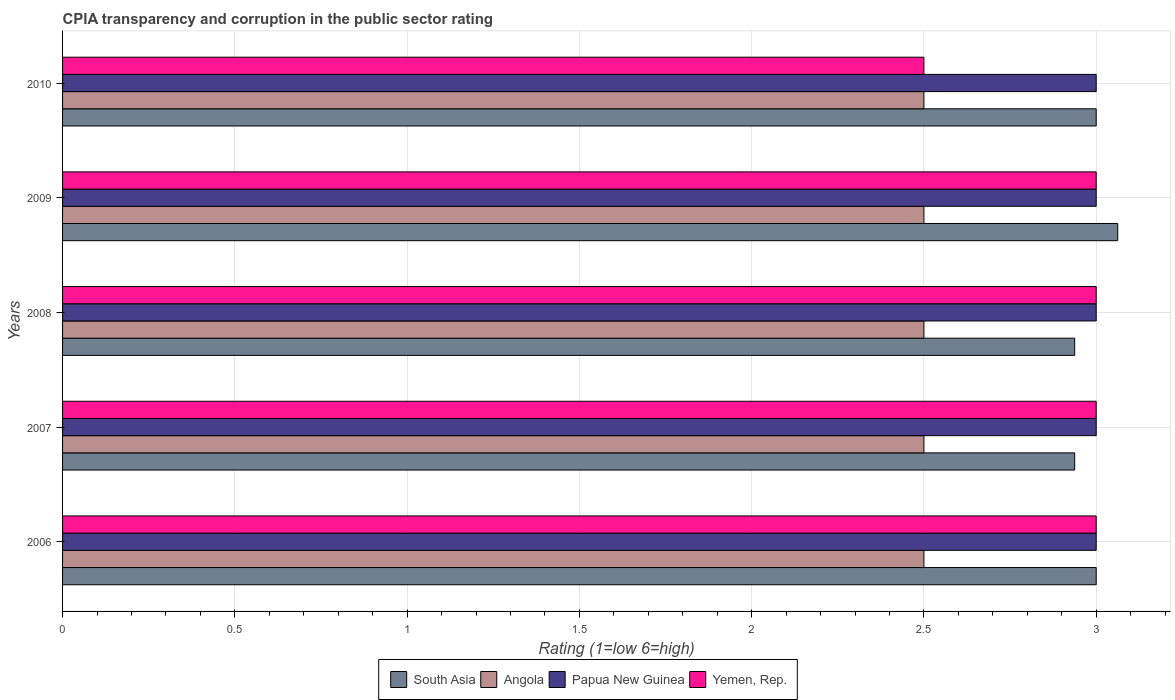
| Years | South Asia | Angola | Papua New Guinea | Yemen, Rep. |
 | --- | --- | --- | --- | --- |
 | 2006 | 3 | 2.5 | 3 | 3 |
 | 2007 | 2.94 | 2.5 | 3 | 3 |
 | 2008 | 2.94 | 2.5 | 3 | 3 |
 | 2009 | 3.06 | 2.5 | 3 | 3 |
 | 2010 | 3 | 2.5 | 3 | 2.5 |